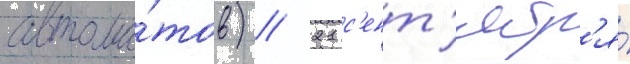
автома́тов) // 21 с'ент'ябр'я́